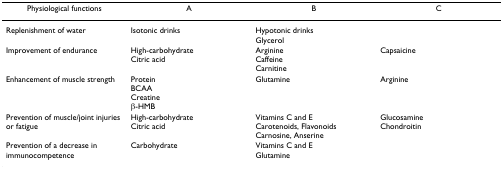
| Physiological functions | A | B | C |
 | --- | --- | --- | --- |
 | Replenishment of water | Isotonic drinks | Hypotonic drinksGlycerol |  |
 | Improvement of endurance | High-carbohydrateCitric acid | ArginineCaffeineCarnitine | Capsaicine |
 | Enhancement of muscle strength | ProteinBCAACreatineβ-HMB | Glutamine | Arginine |
 | Prevention of muscle/joint injuries or fatigue | High-carbohydrateCitric acid | Vitamins C and ECarotenoids, FlavonoidsCarnosine, Anserine | GlucosamineChondroitin |
 | Prevention of a decrease in immunocompetence | Carbohydrate | Vitamins C and EGlutamine |  |